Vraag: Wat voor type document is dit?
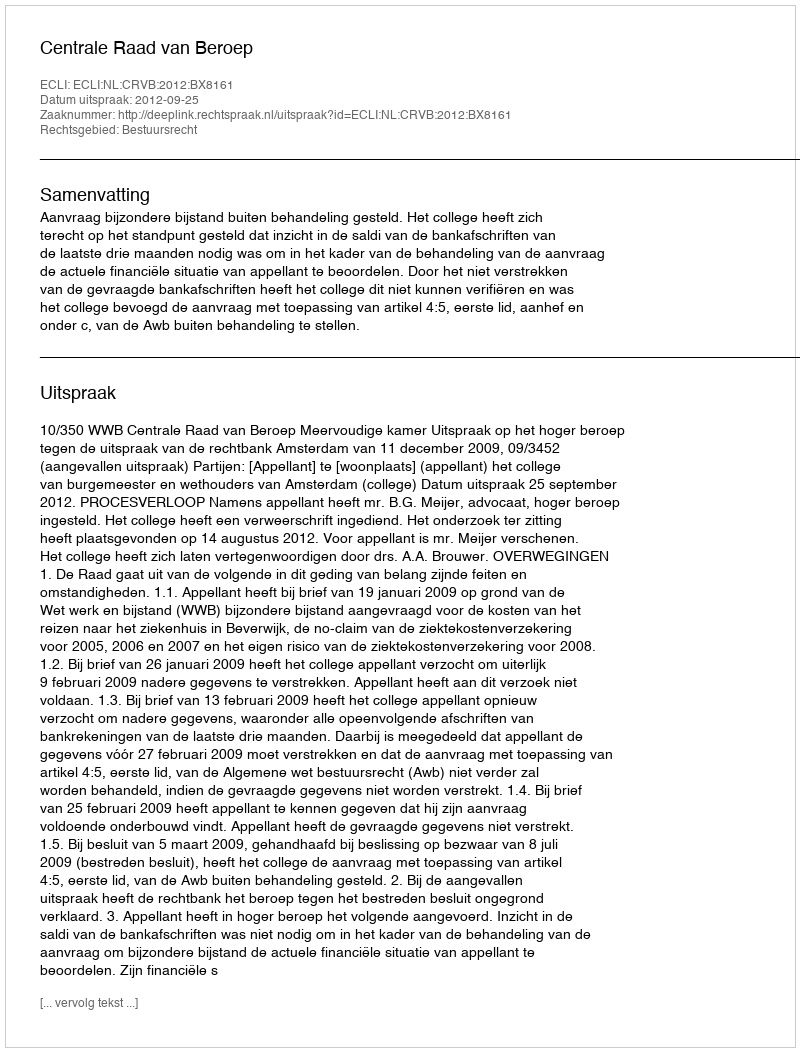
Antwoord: Uitspraak